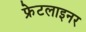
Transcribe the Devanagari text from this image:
फ्रेटलाइनर